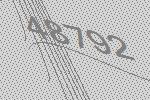
48792